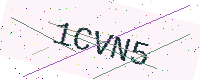
Text: 1CVN5